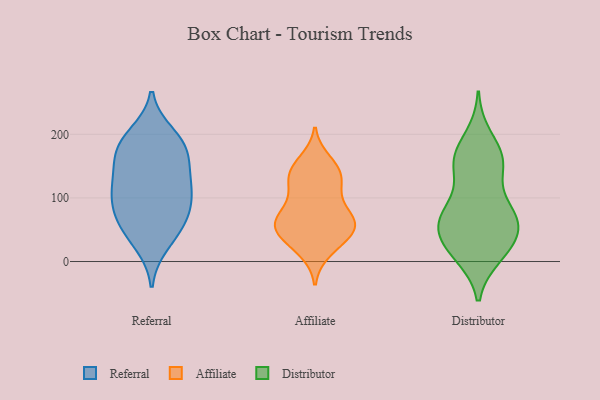
{"axis": {"x": "Active Users", "y": "Value"}, "legend": ["Affiliate", "Distributor", "Referral"], "data": [{"x": "", "y": 100, "type": "Referral"}, {"x": "", "y": 104, "type": "Referral"}, {"x": "", "y": 139, "type": "Referral"}, {"x": "", "y": 72, "type": "Referral"}, {"x": "", "y": 177, "type": "Referral"}, {"x": "", "y": 199, "type": "Referral"}, {"x": "", "y": 178, "type": "Referral"}, {"x": "", "y": 125, "type": "Referral"}, {"x": "", "y": 59, "type": "Referral"}, {"x": "", "y": 46, "type": "Referral"}, {"x": "", "y": 188, "type": "Referral"}, {"x": "", "y": 119, "type": "Referral"}, {"x": "", "y": 28, "type": "Referral"}, {"x": "", "y": 165, "type": "Referral"}, {"x": "", "y": 80, "type": "Referral"}, {"x": "", "y": 101, "type": "Affiliate"}, {"x": "", "y": 69, "type": "Affiliate"}, {"x": "", "y": 138, "type": "Affiliate"}, {"x": "", "y": 17, "type": "Affiliate"}, {"x": "", "y": 106, "type": "Affiliate"}, {"x": "", "y": 142, "type": "Affiliate"}, {"x": "", "y": 129, "type": "Affiliate"}, {"x": "", "y": 157, "type": "Affiliate"}, {"x": "", "y": 42, "type": "Affiliate"}, {"x": "", "y": 27, "type": "Affiliate"}, {"x": "", "y": 55, "type": "Affiliate"}, {"x": "", "y": 62, "type": "Affiliate"}, {"x": "", "y": 64, "type": "Affiliate"}, {"x": "", "y": 44, "type": "Affiliate"}, {"x": "", "y": 63, "type": "Affiliate"}, {"x": "", "y": 139, "type": "Affiliate"}, {"x": "", "y": 62, "type": "Affiliate"}, {"x": "", "y": 161, "type": "Distributor"}, {"x": "", "y": 10, "type": "Distributor"}, {"x": "", "y": 147, "type": "Distributor"}, {"x": "", "y": 19, "type": "Distributor"}, {"x": "", "y": 72, "type": "Distributor"}, {"x": "", "y": 196, "type": "Distributor"}, {"x": "", "y": 153, "type": "Distributor"}, {"x": "", "y": 27, "type": "Distributor"}, {"x": "", "y": 161, "type": "Distributor"}, {"x": "", "y": 70, "type": "Distributor"}, {"x": "", "y": 84, "type": "Distributor"}, {"x": "", "y": 43, "type": "Distributor"}, {"x": "", "y": 61, "type": "Distributor"}, {"x": "", "y": 73, "type": "Distributor"}, {"x": "", "y": 44, "type": "Distributor"}, {"x": "", "y": 13, "type": "Distributor"}, {"x": "", "y": 159, "type": "Distributor"}, {"x": "", "y": 75, "type": "Distributor"}]}